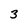
Character: 3